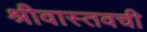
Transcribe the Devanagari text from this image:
श्रीवास्तवची